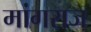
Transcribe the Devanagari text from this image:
मांगराज